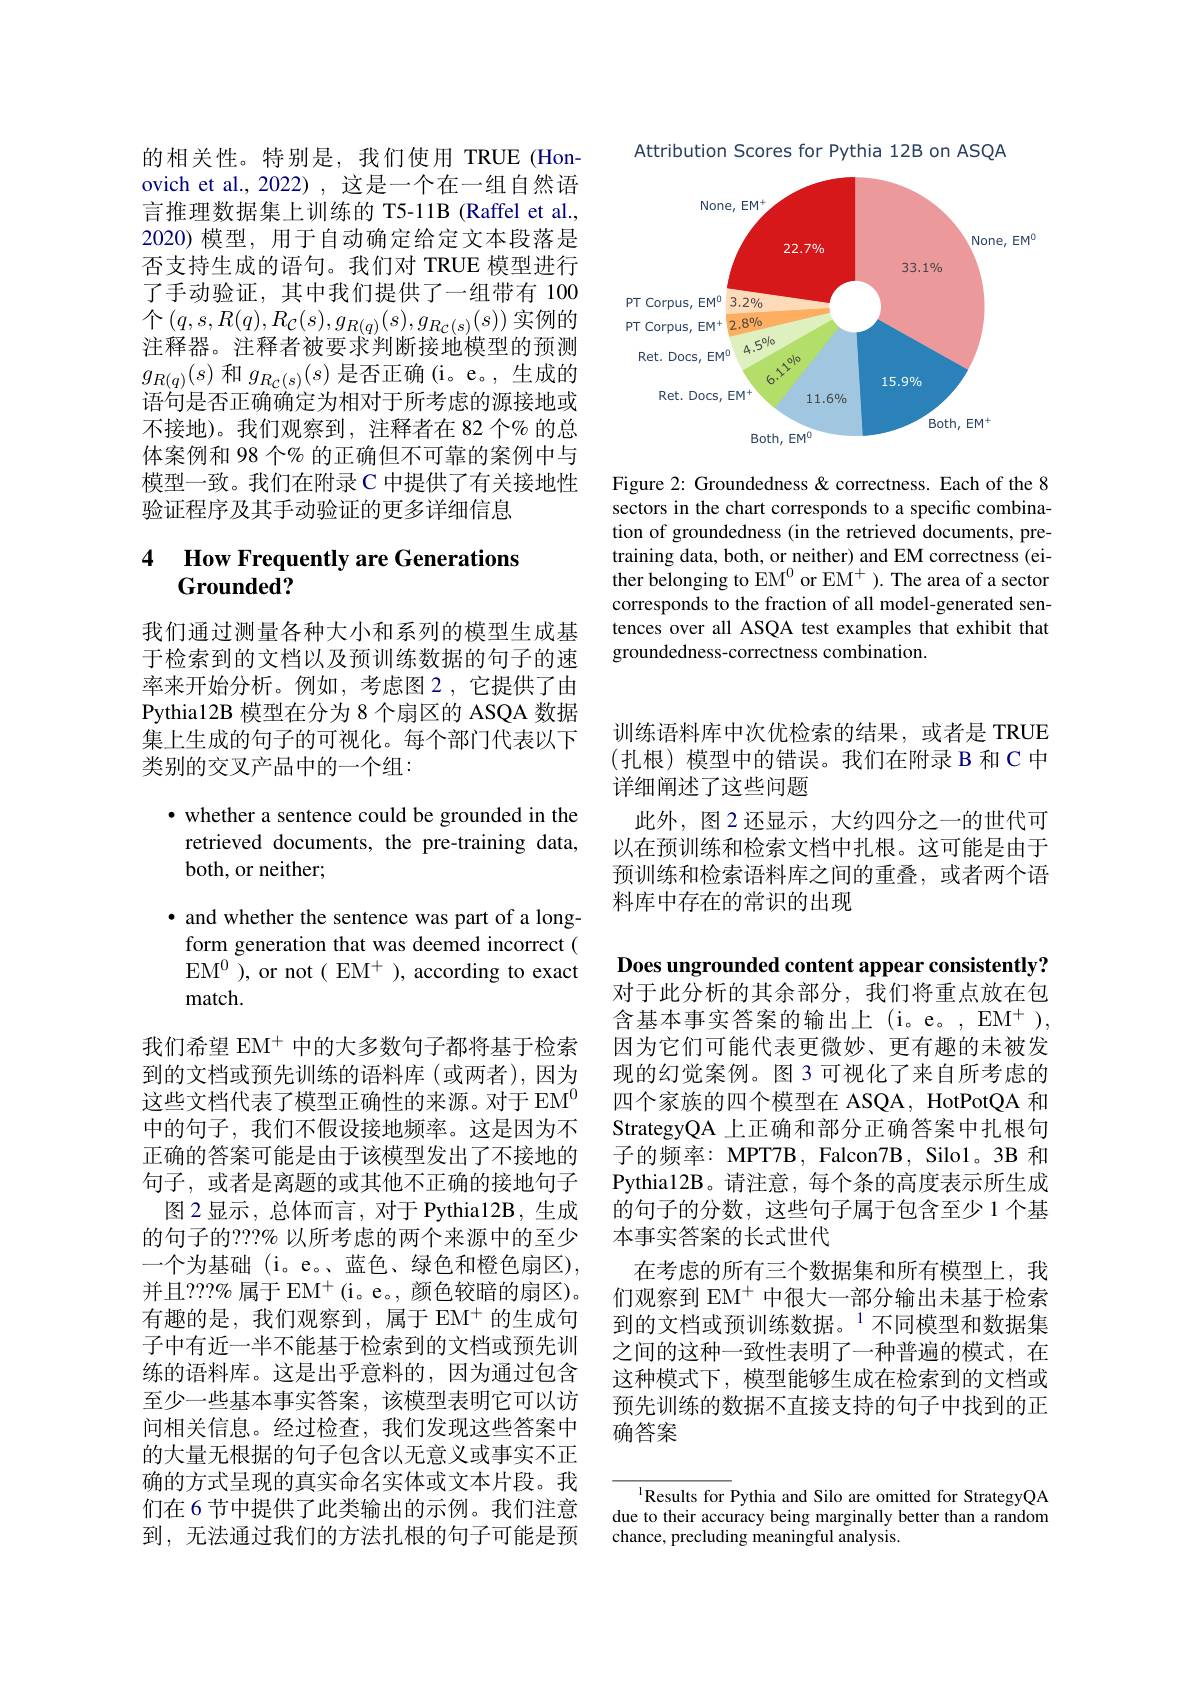
Attribution Scores for Pythia 12B on ASQA

<FigureHere>

Figure 2: Groundedness& correctness. Each of the 8 sectors in the chart corresponds to a specific combination of groundedness (in the retrieved documents, pretraining data, both, or neither) and EM correctness (either belonging to EM$^0$ or EM$^+).$ The area of a sector corresponds to the fraction of all model-generated sentences over all ASQA test examples that exhibit that groundedness-correctness combination.

的相关性。特别是，我们使用 TRUE(Honovich et al., 2022) , 这是一个在一组自然语言推理数据集上训练的 T5-11B (Raffel et al., 2020) 模型，用于自动确定给定文本段落是否支持生成的语句。我们对 TRUE 模型进行了手动验证，其中我们提供了一组带有 100个$\left(q,s,R(q),R_{\mathcal{C}}(s),g_{R(q)}(s),g_{R_{\mathcal{C}}(s)}(s)\right)$实例的注释器。注释者被要求判断接地模型的预测$g_{R(q)}(s)$和$g_R_{\mathcal{C}(s)}(s)$是否正确 (i。e。,生成的语句是否正确确定为相对于所考虑的源接地或不接地)。我们观察到，注释者在 82 个% 的总体案例和 98 个% 的正确但不可靠的案例中与模型一致。我们在附录 C 中提供了有关接地性验证程序及其手动验证的更多详细信息

# 4 How Frequently are Generations Grounded?

我们通过测量各种大小和系列的模型生成基于检索到的文档以及预训练数据的句子的速率来开始分析。例如，考虑图 2,它提供了由Pythia12B 模型在分为 8 个扇区的 ASQA 数据集上生成的句子的可视化。每个部门代表以下类别的交叉产品中的一个组：

· whether a sentence could be grounded in the retrieved documents, the pre-training data, both, or neither;

· and whether the sentence was part of a long-
form generation that was deemed incorrect ( EM$^0$ ), or not ( EM$^+$ ), according to exact match.

我们希望 EM$^+$中的大多数句子都将基于检索到的文档或预先训练的语料库(或两者),因为这些文档代表了模型正确性的来源。对于 EM$^{0}$ 中的句子，我们不假设接地频率。这是因为不正确的答案可能是由于该模型发出了不接地的句子，或者是离题的或其他不正确的接地句子
图 2 显示，总体而言 , 对于 Pythia12B , 生成的句子的？??% 以所考虑的两个来源中的至少一个为基础 (i。e。、蓝色、绿色和橙色扇区), 并且？??% 属于 EM$^+$(i。e。, 颜色较暗的扇区)。有趣的是，我们观察到，属于 EM$^+$的生成句子中有近一半不能基于检索到的文档或预先训练的语料库。这是出乎意料的，因为通过包含至少一些基本事实答案，该模型表明它可以访问相关信息。经过检查，我们发现这些答案中的大量无根据的句子包含以无意义或事实不正确的方式呈现的真实命名实体或文本片段。我们在 6 节中提供了此类输出的示例。我们注意到，无法通过我们的方法扎根的句子可能是预

训练语料库中次优检索的结果，或者是 TRUE (扎根)模型中的错误。我们在附录 B 和 C 中详细阐述了这些问题
此外，图2还显示，大约四分之一的世代可以在预训练和检索文档中扎根。这可能是由于预训练和检索语料库之间的重叠，或者两个语料库中存在的常识的出现

Does ungrounded content appear consistently? 对于此分析的其余部分，我们将重点放在包$含基本事实答案的输出上(i。e。,EM^{+})$, 因为它们可能代表更微妙、更有趣的未被发现的幻觉案例。图 3 可视化了来自所考虑的四个家族的四个模型在 ASQA, HotPotQA 和StrategyQA 上正确和部分正确答案中扎根句子的频率：MPT7B, Falcon7B, Silo1。3B 和Pythia12B。请注意，每个条的高度表示所生成的句子的分数，这些句子属于包含至少 1 个基本事实答案的长式世代
在考虑的所有三个数据集和所有模型上，我们观察到 EM$^{+}$中很大一部分输出未基于检索到的文档或预训练数据。$^{1}$不同模型和数据集之间的这种一致性表明了一种普遍的模式，在这种模式下，模型能够生成在检索到的文档或预先训练的数据不直接支持的句子中找到的正确答案

$^{1}$Results for Pythia and Silo are omitted for StrategyQA due to their accuracy being marginally better than a random chance, precluding meaningful analysis.